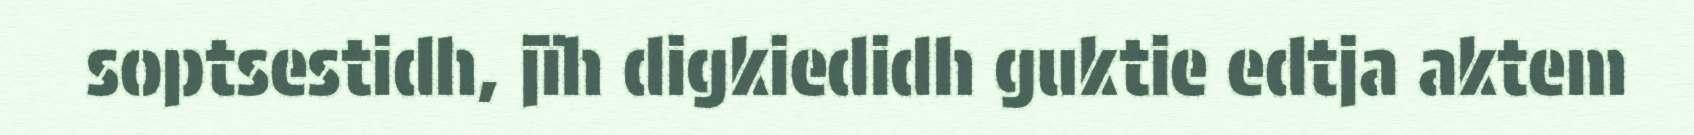
soptsestidh, jïh digkiedidh guktie edtja aktem